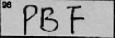
Transcription: PBF